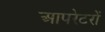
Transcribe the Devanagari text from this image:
आपरेटरों